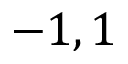
- 1 , 1